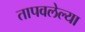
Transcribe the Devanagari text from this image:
तापवलेल्या